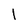
Character: 1